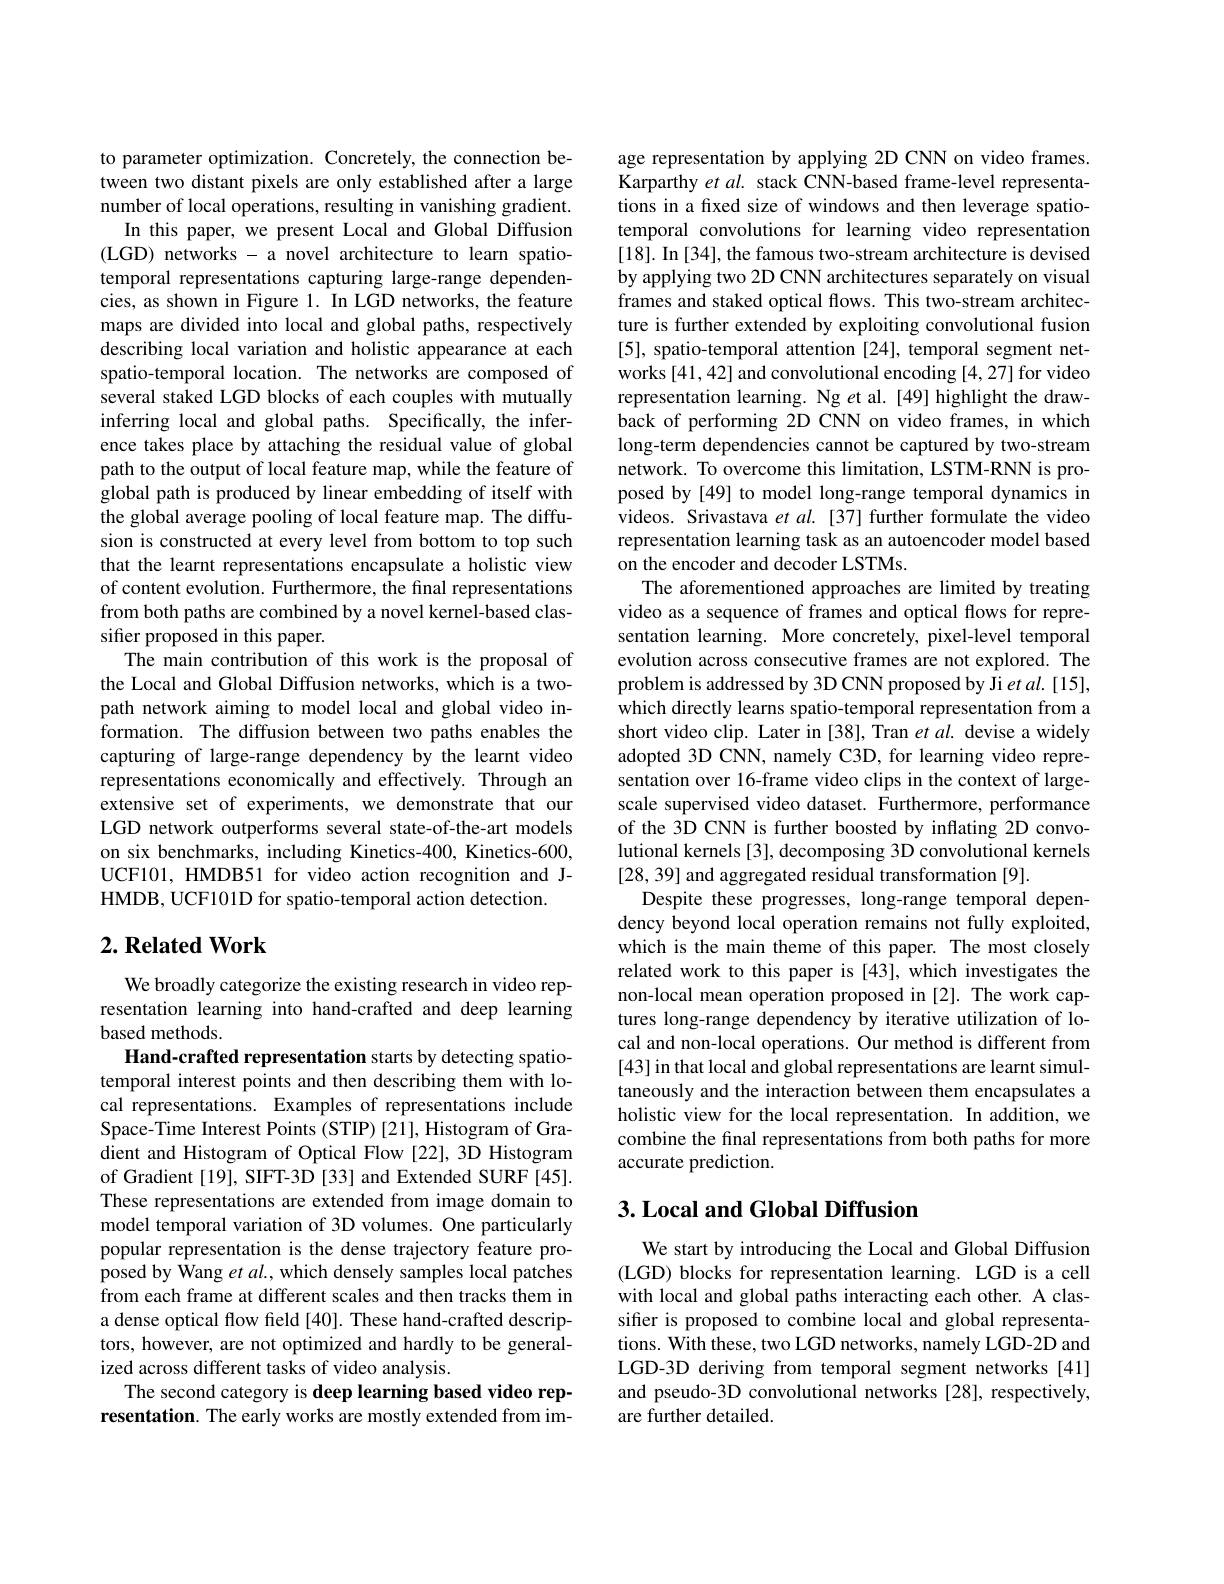
to parameter optimization. Concretely, the connection between two distant pixels are only established after a large number of local operations, resulting in vanishing gradient.
In this paper, we present Local and Global Diffusion (LGD) networks - a novel architecture to learn spatiotemporal representations capturing large-range dependencies, as shown in Figure 1. In LGD networks, the feature maps are divided into local and global paths, respectively describing local variation and holistic appearance at each spatio-temporal location. The networks are composed of several staked LGD blocks of each couples with mutually inferring local and global paths. Specifically, the inference takes place by attaching the residual value of global path to the output of local feature map, while the feature of global path is produced by linear embedding of itself with the global average pooling of local feature map. The diffusion is constructed at every level from bottom to top such that the learnt representations encapsulate a holistic view of content evolution. Furthermore, the final representations from both paths are combined by a novel kernel-based classifer proposed in this paper.
The main contribution of this work is the proposal of the Local and Global Diffusion networks, which is a twopath network aiming to model local and global video information. The diffusion between two paths enables the capturing of large-range dependency by the learnt video representations economically and effectively. Through an extensive set of experiments, we demonstrate that our LGD network outperforms several state-of-the-art models on six benchmarks, including Kinetics-400, Kinetics-600, UCF101, HMDB51 for video action recognition and JHMDB, UCF101D for spatio-temporal action detection.

## $2. \textbf{ Related Work}$

We broadly categorize the existing research in video representation learning into hand-crafted and deep learning based methods.
Hand-crafted representation starts by detecting spatiotemporal interest points and then describing them with local representations. Examples of representations include Space-Time Interest Points (STIP) [21], Histogram of Gradient and Histogram of Optical Flow [22], 3D Histogram of Gradient[19], SIFT-3D [33] and Extended SURF[45]. These representations are extended from image domain to model temporal variation of 3D volumes. One particularly popular representation is the dense trajectory feature proposed by Wang et al. which densely samples local patches from each frame at different scales and then tracks them in a dense optical flow feld [40]. These hand-crafted descriptors, however, are not optimized and hardly to be generalized across different tasks of video analysis.
The second category is deep learning based video representation. The early works are mostly extended from im-

age representation by applying 2D CNN on video frames. Karparthy et $al.$ stack CNN-based frame-level representations in a fixed size of windows and then leverage spatiotemporal convolutions for learning video representation [18]. In [34], the famous two-stream architecture is devised by applying two 2D CNN architectures separately on visual frames and staked optical flows. This two-stream architecture is further extended by exploiting convolutional fusion [5], spatio-temporal attention [24], temporal segment networks [41,42] and convolutional encoding [4,27] for video representation learning. Ng $e$t al.[49] highlight the drawback of performing 2D CNN on video frames, in which long-term dependencies cannot be captured by two-stream network. To overcome this limitation, LSTM-RNN is proposed by [49] to model long-range temporal dynamics in videos. Srivastava et al.[37] further formulate the video representation learning task as an autoencoder model based on the encoder and decoder LSTMs.
The aforementioned approaches are limited by treating video as a sequence of frames and optical flows for representation learning. More concretely, pixel-level temporal evolution across consecutive frames are not explored. The problem is addressed by 3D CNN proposed by Ji et al. [15], which directly learns spatio-temporal representation from a short video clip. Later in [38], Tran et al. devise a widely adopted 3D CNN, namely C3D, for learning video representation over 16-frame video clips in the context of largescale supervised video dataset. Furthermore, performance of the 3D CNN is further boosted by inflating 2D convolutional kernels [3], decomposing 3D convolutional kernels [28,39] and aggregated residual transformation [9].
Despite these progresses, long-range temporal dependency beyond local operation remains not fully exploited, which is the main theme of this paper. The most closely related work to this paper is [43], which investigates the non-local mean operation proposed in [2]. The work captures long-range dependency by iterative utilization of local and non-local operations. Our method is different from [43] in that local and global representations are learnt simultaneously and the interaction between them encapsulates a holistic view for the local representation. In addition, we combine the final representations from both paths for more accurate prediction.

## $3. \textbf{Local and Global Diffusion}$

We start by introducing the Local and Global Diffusion (LGD) blocks for representation learning. LGD is a cell with local and global paths interacting each other. A classifier is proposed to combine local and global representations. With these, two LGD networks, namely LGD-2D and LGD-3D deriving from temporal segment networks [41] and pseudo-3D convolutional networks [28], respectively, are further detailed.